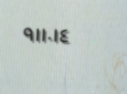
٩١١٠١٤